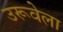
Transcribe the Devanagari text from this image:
उरूवेला